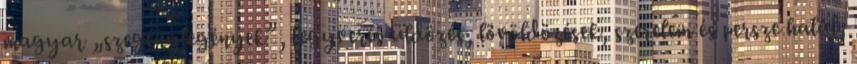
magyar „szegénylegények”, fegyveres üldözés, lövöldözések, szerelem és persze halál,